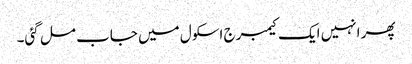
پھر انہیں ایک کیمبرج اسکول میں جاب مل گئی۔